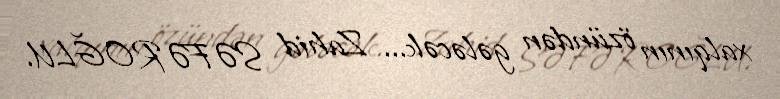
xalqının özündən gələcək... Zahid SƏFƏROĞLU.